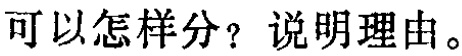
可以怎样分？说明理由。